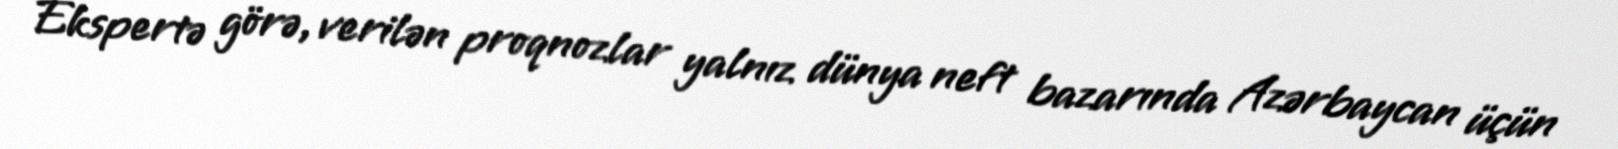
Ekspertə görə, verilən proqnozlar yalnız dünya neft bazarında Azərbaycan üçün